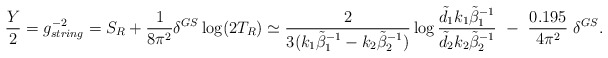
\begin{align*}\frac{Y}{2}=g_{string}^{-2}=S_R+\frac{1}{8\pi^2}\delta^{GS}\log(2T_R)\simeq \frac{2}{3( k_1\tilde{\beta}_{1}^{-1}- k_2\tilde{\beta}_{2}^{-1})}\log\frac{\tilde{d}_1k_1\tilde{\beta}_1^{-1}}{ \tilde{d}_2k_2\tilde{\beta}_2^{-1}}\ -\ \frac{0.195}{4\pi^2}\ \delta^{GS} .\end{align*}